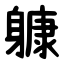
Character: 躿